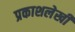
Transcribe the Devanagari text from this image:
प्रकाशलेखी